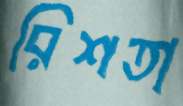
রিশতা